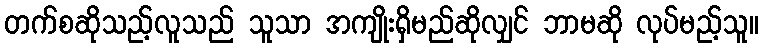
တက်စဆိုသည့်လူသည် သူသာ အကျိုးရှိမည်ဆိုလျှင် ဘာမဆို လုပ်မည့်သူ။